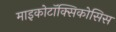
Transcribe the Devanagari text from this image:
माइकोटॉक्सिकोसिस